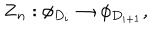
{ \bf Z } _ { n } : \phi _ { D _ { i } } \rightarrow \phi _ { D _ { i + 1 } } ,